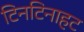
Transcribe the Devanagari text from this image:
टिनटिनाहट